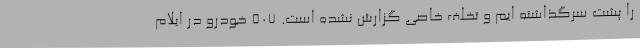
را پشت سرگذاشته ایم و تخلف خاصی گزارش نشده است. 507 خودرو در ایلام